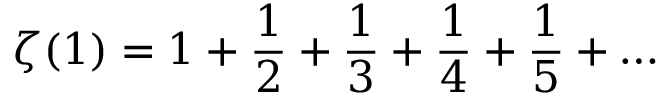
\zeta ( 1 ) = 1 + { \frac { 1 } { 2 } } + { \frac { 1 } { 3 } } + { \frac { 1 } { 4 } } + { \frac { 1 } { 5 } } + \ldots